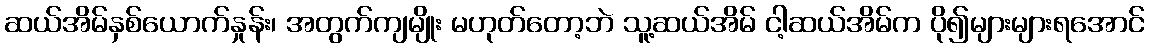
ဆယ်အိမ်နှစ်ယောက်နှုန်း၊ အတွက်ကျမျိုး မဟုတ်တော့ဘဲ သူ့ဆယ်အိမ် ငါ့ဆယ်အိမ်က ပို၍များများရအောင်